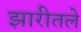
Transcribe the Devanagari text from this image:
झारीतले